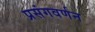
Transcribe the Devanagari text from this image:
प्रसंगवर्णन